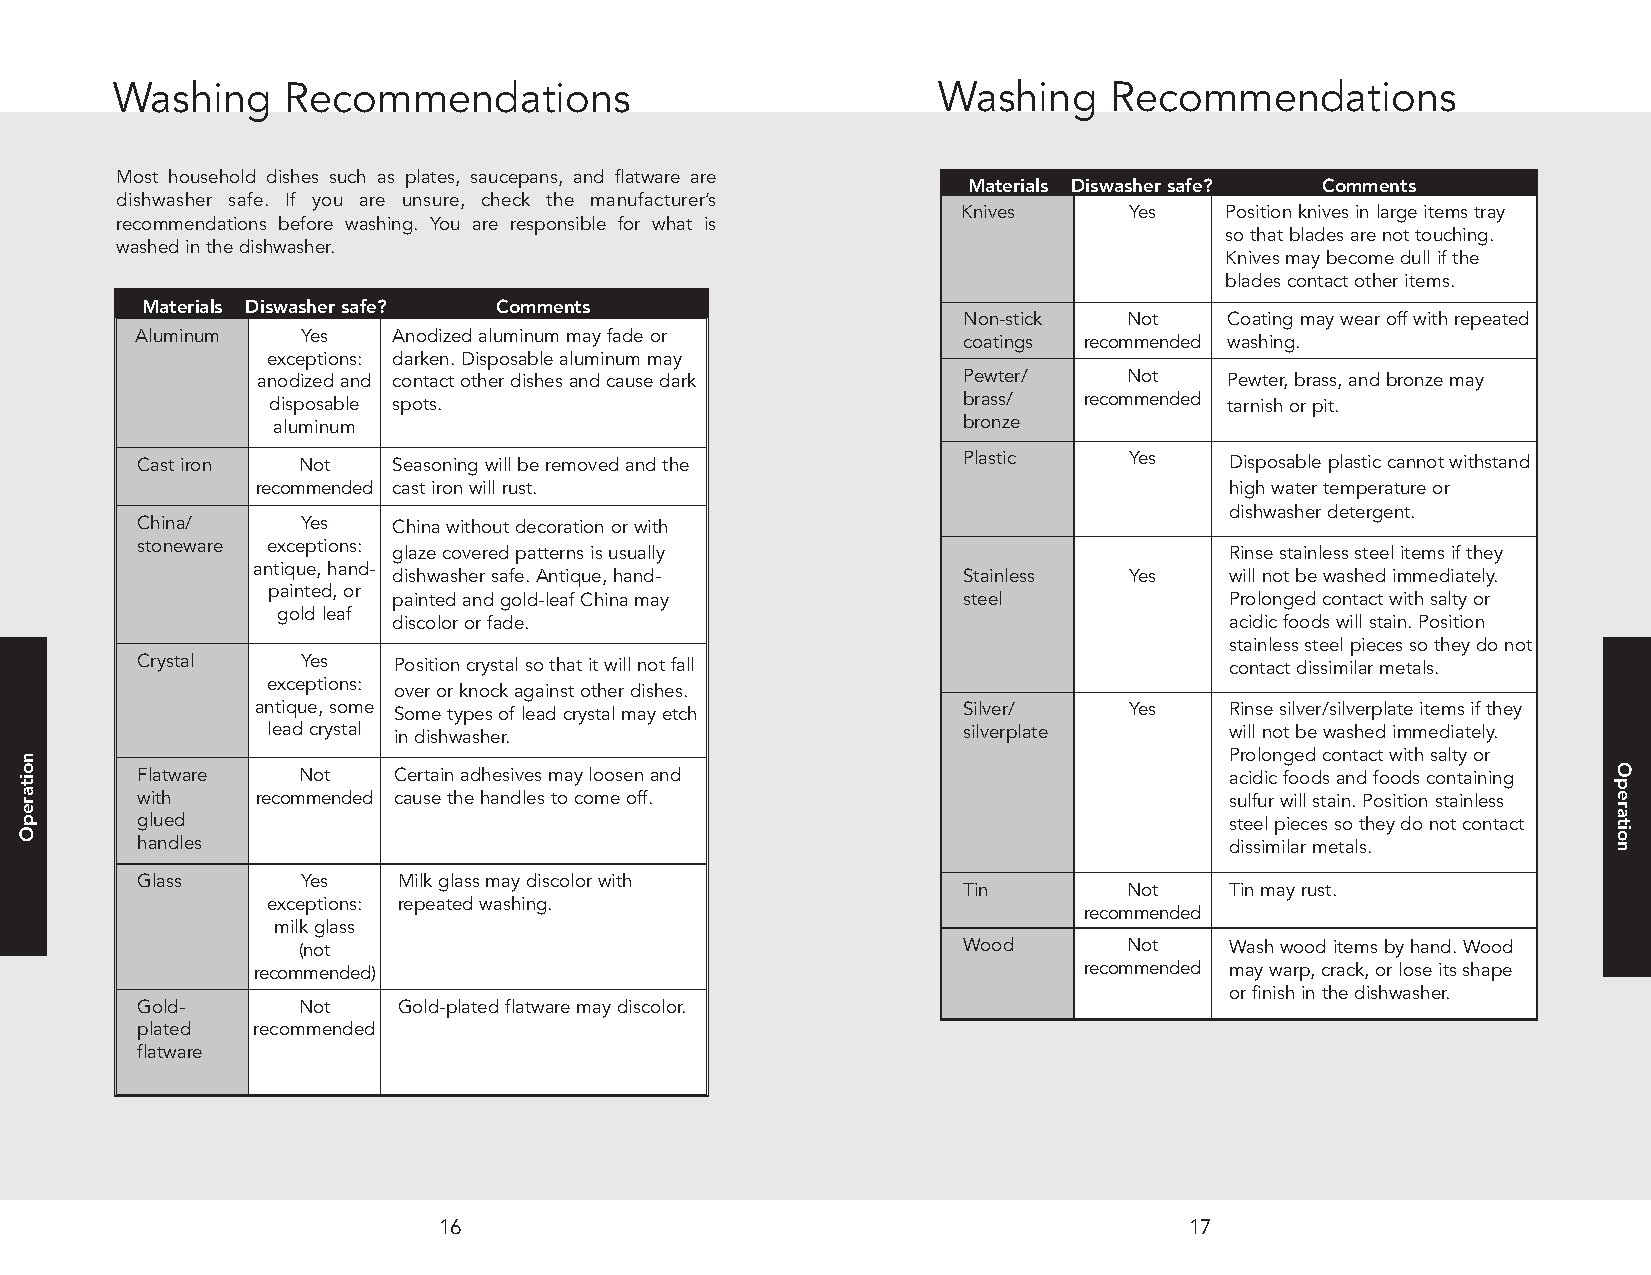
Washing     Recommendations                            Washing    Recommendations
 Most household dishes such as plates, saucepans, and flatware are
 Materials Diswashersafe? Comments
 dishwasher safe. If you are unsure, check the manufacturer’s
 Knives     Yes   Positionknivesinlargeitemstray
 recommendations before washing. You are responsible for what is
 sothatbladesarenottouching.
 washedinthedishwasher.
 Knivesmaybecomedullifthe
 bladescontactotheritems.
 Materials Diswashersafe? Comments
 Non-stick  Not   Coatingmaywearoffwithrepeated
 Aluminum   Yes   Anodizedaluminummayfadeor
 coatings recommended washing.
 exceptions: darken.Disposablealuminummay
 anodizedand contactotherdishesandcausedark     Pewter/    Not   Pewter,brass,andbronzemay
 disposable spots.                             brass/  recommended tarnishorpit.
 aluminum                                      bronze
 Castiron   Not   Seasoningwillberemovedandthe          Plastic    Yes   Disposableplasticcannotwithstand
 recommended castironwillrust.                                   highwatertemperatureor
 dishwasherdetergent.
 China/     Yes   Chinawithoutdecorationorwith
 stoneware exceptions:
 glazecoveredpatternsisusually                          Rinsestainlesssteelitemsifthey
 antique,hand-
 dishwashersafe.Antique,hand-          Stainless  Yes   willnotbewashedimmediately.
 painted,or
 paintedandgold-leafChinamay           steel            Prolongedcontactwithsaltyor
 goldleaf
 discolororfade.                                        acidicfoodswillstain.Position
 stainlesssteelpiecessotheydonot
 Crystal    Yes   Positioncrystalsothatitwillnotfall                     contactdissimilarmetals.
 exceptions:
 overorknockagainstotherdishes.
 antique,some Sometypesofleadcrystalmayetch     Silver/    Yes   Rinsesilver/silverplateitemsifthey
 leadcrystal indishwasher.                     silverplate      willnotbewashedimmediately.
 Prolongedcontactwithsaltyor
 Flatware   Not   Certainadhesivesmayloosenand                           acidicfoodsandfoodscontaining
 with    recommended causethehandlestocomeoff.                           sulfurwillstain.Positionstainless
 glued                                                                   steelpiecessotheydonotcontact
 handles                                                                 dissimilarmetals.
 Glass      Yes   Milkglassmaydiscolorwith
 Tin        Not   Tinmayrust.
 exceptions: repeatedwashing.
 recommended
 milkglass
 (not                                        Wood       Not   Washwooditemsbyhand.Wood
 recommended)                                           recommended maywarp,crack,orloseitsshape
 orfinishinthedishwasher.
 Gold-      Not   Gold-platedflatwaremaydiscolor.
 plated  recommended
 flatware
 16                                                17
 noitarepO
 Operation